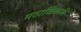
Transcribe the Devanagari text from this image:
मठाधिकारी